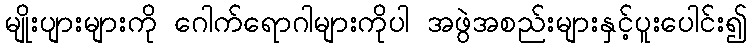
မျိုးပျားများကို ဂေါက်ရောဂါများကိုပါ အဖွဲအစည်းများနှင့်ပူးပေါင်း၍